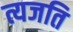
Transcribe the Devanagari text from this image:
त्यजति